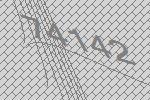
74142